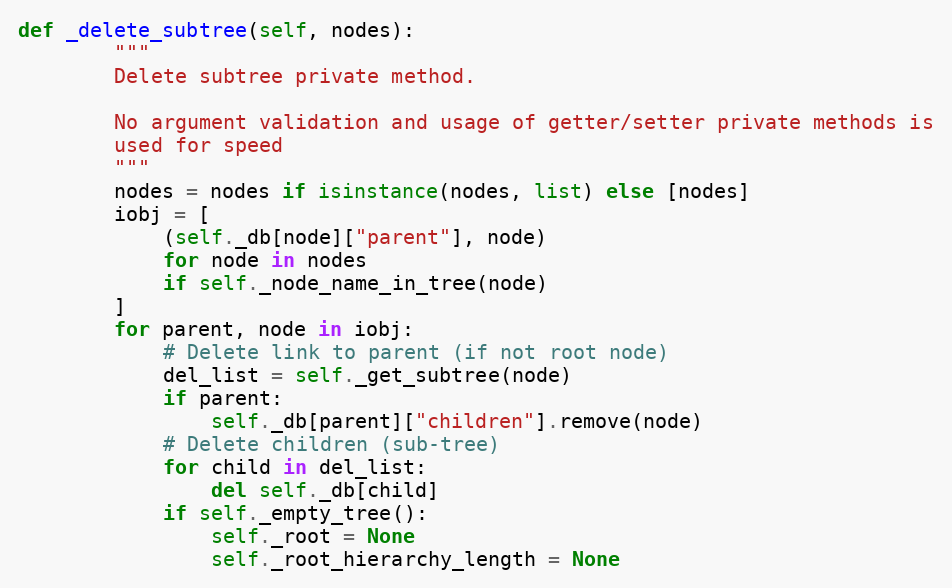
Language: Python
def _delete_subtree(self, nodes):
        """
        Delete subtree private method.

        No argument validation and usage of getter/setter private methods is
        used for speed
        """
        nodes = nodes if isinstance(nodes, list) else [nodes]
        iobj = [
            (self._db[node]["parent"], node)
            for node in nodes
            if self._node_name_in_tree(node)
        ]
        for parent, node in iobj:
            # Delete link to parent (if not root node)
            del_list = self._get_subtree(node)
            if parent:
                self._db[parent]["children"].remove(node)
            # Delete children (sub-tree)
            for child in del_list:
                del self._db[child]
            if self._empty_tree():
                self._root = None
                self._root_hierarchy_length = None